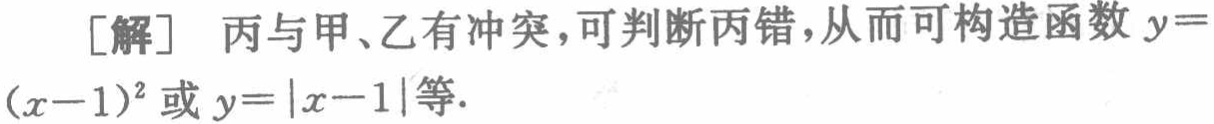
[解] 丙与甲、乙有冲突，可判断丙错，从而可构造函数 \(y = (x - 1)^2\) 或 \(y=\vert x - 1\vert\) 等.